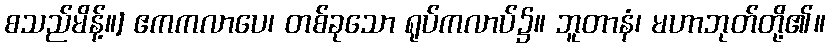
စသည်မိန့်။] ဧကကလာပေ၊ တစ်ခုသော ရုပ်ကလာပ်၌။ ဘူတာနံ၊ မဟာဘုတ်တို့၏။